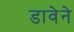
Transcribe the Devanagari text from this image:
डावेने